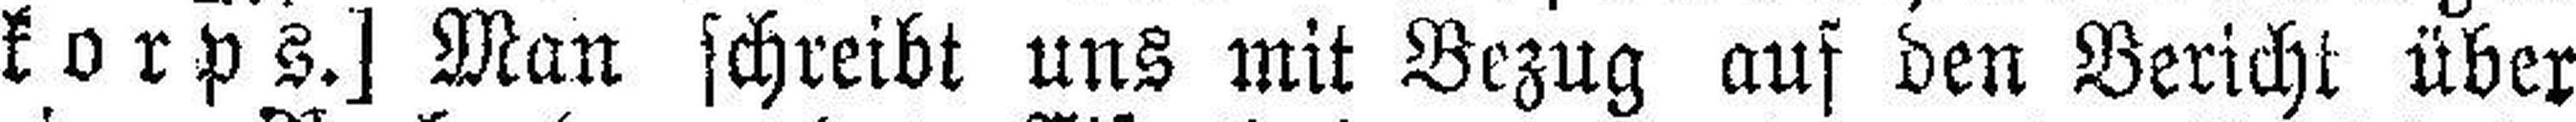
korps.] Man schreibt uns mit Bezug auf den Bericht über